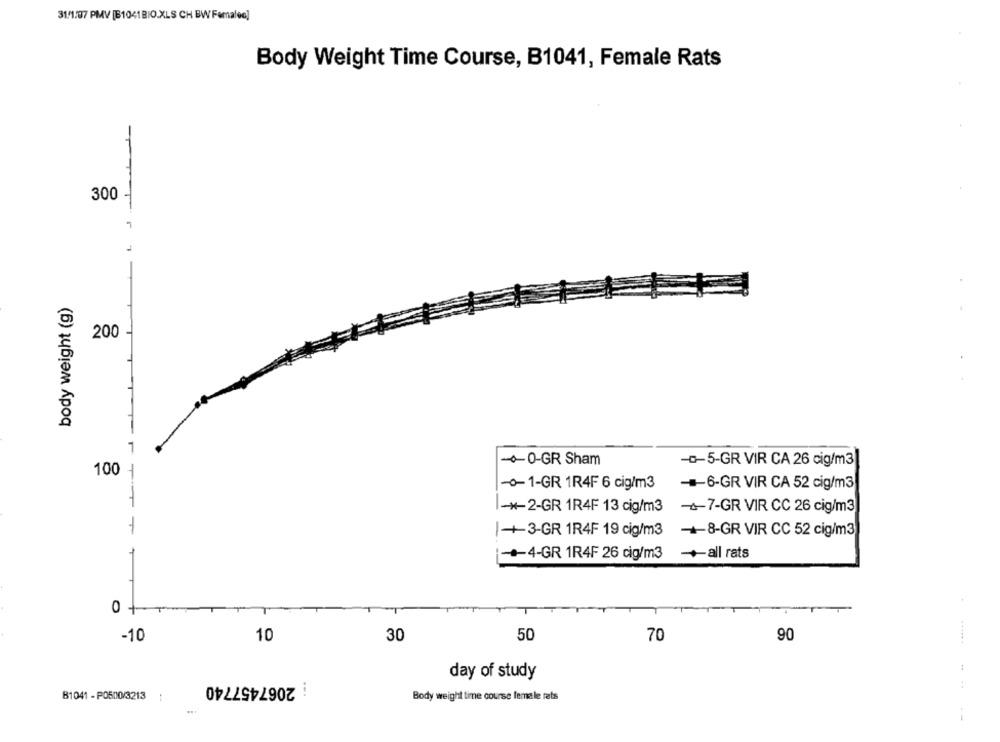
31/1:07 PMV [B1041BIO.XLS CH BW Femaleo]
Body Weight Time Course, B1041, Female Rats
300 -
body weight (g)
200
7-
-+-0-GR Sham
-0-5-GR VIR CA 26 cig/m3
100
-- 1-GR 1R4F 6 cig/m3
-6-GR VIR CA 52 cig/m3
-
-*- 2-GR 1R4F 13 cig/m3
-47-GR VIR CC 26 cig/m3
|+ 3-GR 1R4F 19 cig/m3
-+8-GR VIR CC 52 cig/m3
-+-4-GR 1R4F 26 cig/m3
all rats
-10
10
30
50
70
90
day of study
: 2067457740
:
B1041 - PO500/3213
Body weight time course female rats
--